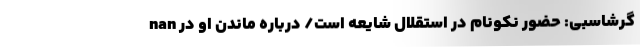
nan گرشاسبی: حضور نکونام در استقلال شایعه است/ درباره ماندن او در